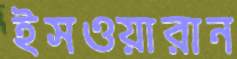
ইসওয়ারান